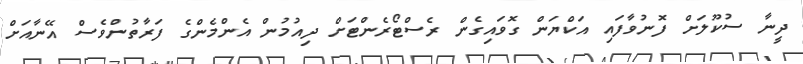
ދީނާ ސުކޫލަށް ފޮނުވާފައި އަކްޔަން ގޮވައިގެން ރެސްޓޯރެންޓަށް ދިއުމުން އެންމެންގެ ފަރާތުންވެސް އޭނާއަށް